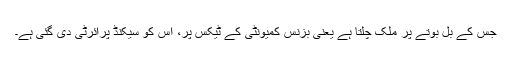
جس کے بل بوتے پر ملک چلتا ہے یعنی بزنس کمیونٹی کے ٹیکس پر، اس کو سیکنڈ پرائرٹی دی گئی ہے۔